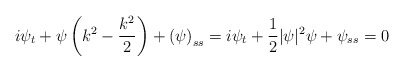
\begin{align*} i \psi_t + \psi \left(k^2 - \frac{k^2}{2} \right) + \left( \psi \right) _{ss} = i \psi_t + \frac{1}{2}|\psi|^2 \psi + \psi _{ss} =0\end{align*}